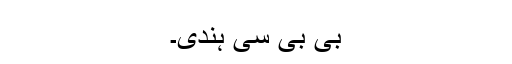
بی بی سی ہندی۔